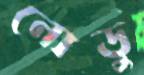
নোডু